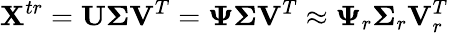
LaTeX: \mathbf{X}^{tr}=\mathbf{U}\boldsymbol{\Sigma}\mathbf{V}^{T}=\boldsymbol{\Psi}\boldsymbol{\Sigma}\mathbf{V}^{T}\approx\boldsymbol{\Psi}_{r}\boldsymbol{\Sigma}_{r}\mathbf{V}_{r}^{T}